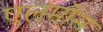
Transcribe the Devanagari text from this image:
एलमॉस